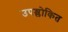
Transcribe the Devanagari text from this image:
उपश्लोकित